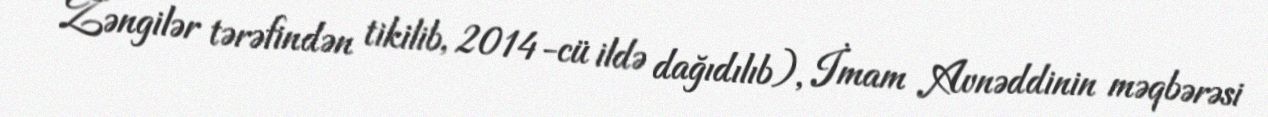
Zəngilər tərəfindən tikilib, 2014-cü ildə dağıdılıb), İmam Avnəddinin məqbərəsi